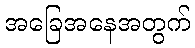
အခြေအနေအတွက်